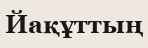
Йақұттың